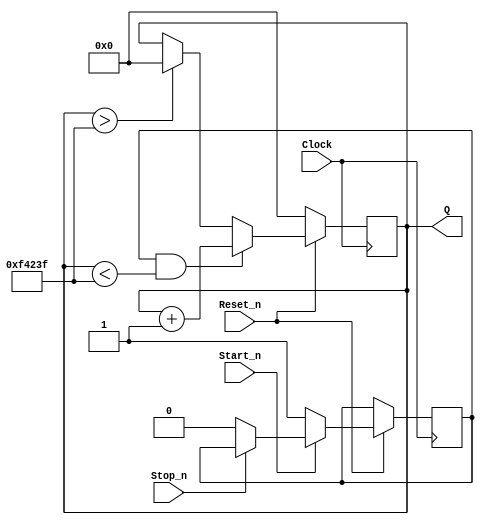
module hex_counter(
	input 				Clock,
							Reset_n,
							Start_n,
							Stop_n,
	output reg [19:0] Q
	);
	
	reg resume; //resume 1 is on
	
	
	always @(posedge Clock)
	begin
		if (Reset_n == 1'b0) Q <= 20'b0; //if reset pressed, set Q to 0
		else
		begin
																	//1 is unpressed, 0 is pressed
			if (Start_n == 1'b0) resume <= 1'b1;		//using blocking here
			else if (Stop_n == 1'b0) resume <= 1'b0;	//using blocking here
			
			if ((resume == 1'b1)&&(Q < 20'd999999)) Q <= Q + 20'b1;
			else if (Q > 20'd999999) Q <= 20'b0;
			else Q <= Q;
			
		end
		
	end
endmodule